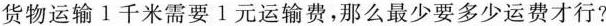
货物运输1千米需要1元运输费，那么最少要多少运费才行?